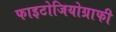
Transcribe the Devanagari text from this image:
फाइटोजियोग्राफी